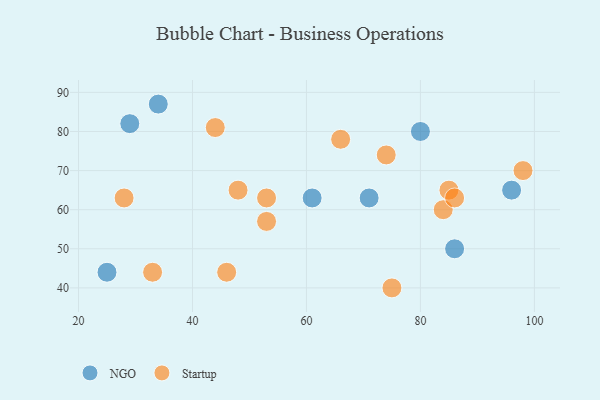
{"axis": {"x": "GDP", "y": "Life Expectancy"}, "legend": ["NGO", "Startup"], "data": [{"x": "25", "y": 44, "type": "NGO"}, {"x": "34", "y": 87, "type": "NGO"}, {"x": "80", "y": 80, "type": "NGO"}, {"x": "96", "y": 65, "type": "NGO"}, {"x": "71", "y": 63, "type": "NGO"}, {"x": "29", "y": 82, "type": "NGO"}, {"x": "61", "y": 63, "type": "NGO"}, {"x": "86", "y": 50, "type": "NGO"}, {"x": "84", "y": 60, "type": "Startup"}, {"x": "44", "y": 81, "type": "Startup"}, {"x": "75", "y": 40, "type": "Startup"}, {"x": "74", "y": 74, "type": "Startup"}, {"x": "85", "y": 65, "type": "Startup"}, {"x": "53", "y": 57, "type": "Startup"}, {"x": "28", "y": 63, "type": "Startup"}, {"x": "48", "y": 65, "type": "Startup"}, {"x": "33", "y": 44, "type": "Startup"}, {"x": "46", "y": 44, "type": "Startup"}, {"x": "86", "y": 63, "type": "Startup"}, {"x": "53", "y": 63, "type": "Startup"}, {"x": "66", "y": 78, "type": "Startup"}, {"x": "98", "y": 70, "type": "Startup"}]}